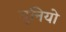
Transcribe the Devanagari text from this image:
यूनियो